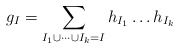
\begin{align*}g_{I}=\sum_{I_{1}\cup\dots\cup I_{k}=I}h_{I_{1}}\dots h_{I_{k}}\,\end{align*}